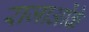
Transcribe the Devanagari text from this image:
राजाओंके